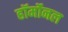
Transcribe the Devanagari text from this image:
हॉर्मोनल